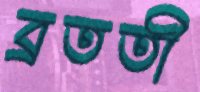
ব্রততী